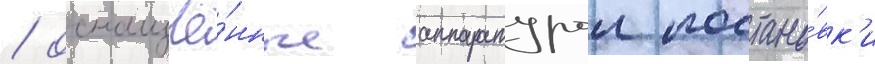
/ оснащё́нные аппаратурои постано́вк'и